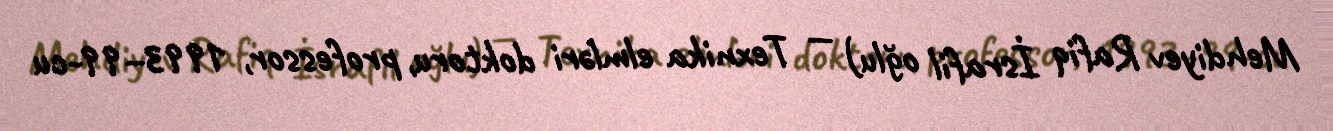
Mehdiyev Rafiq İsrafil oğlu) — Texnika elmləri doktoru, professor, 1993–99-cu